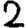
Digit: 2